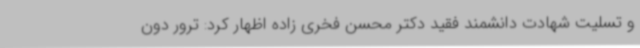
و تسلیت شهادت دانشمند فقید دکتر محسن فخری زاده اظهار کرد: ترور دون